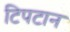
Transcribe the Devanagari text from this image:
टिपटान